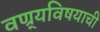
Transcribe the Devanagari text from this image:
वण्र्यविषयाची